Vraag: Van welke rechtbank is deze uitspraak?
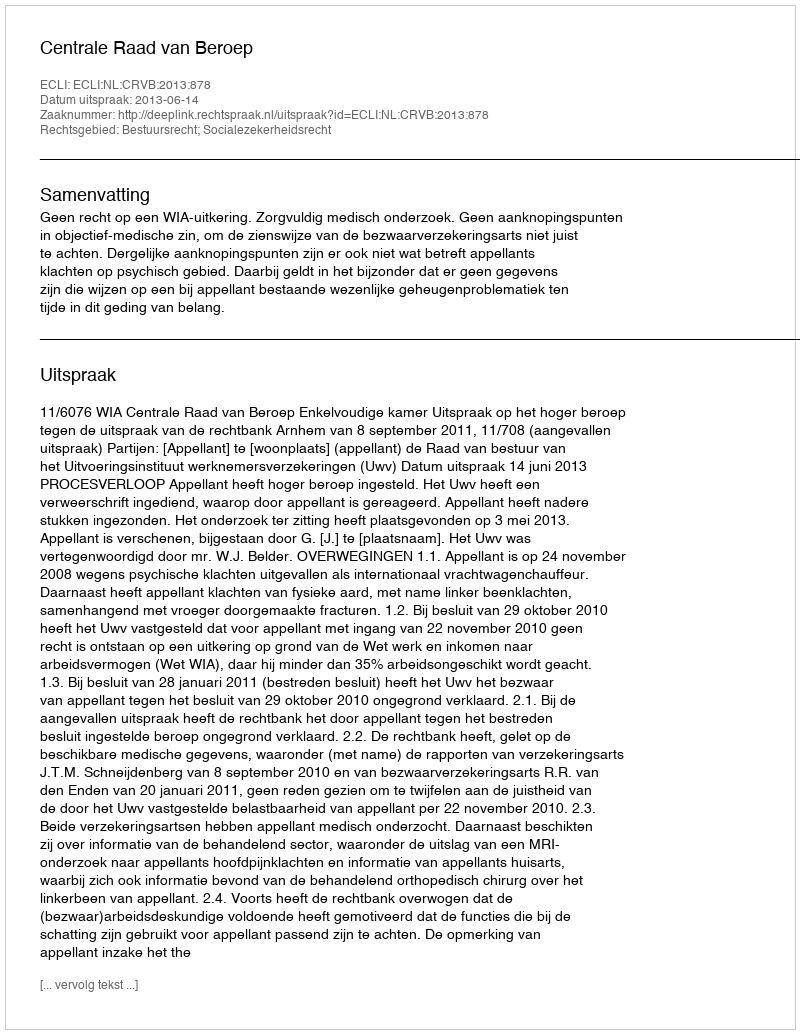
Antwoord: Centrale Raad van Beroep